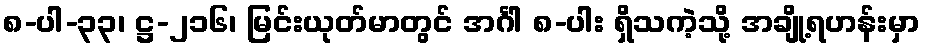
၈-ပါ-၃၃၊ ဋ္ဌ-၂၁၆၊ မြင်းယုတ်မာတွင် အင်္ဂါ ၈-ပါး ရှိသကဲ့သို့ အချို့ရဟန်းမှာ